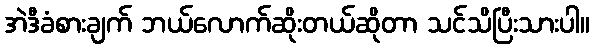
အဲဒီခံစားချက် ဘယ်လောက်ဆိုးတယ်ဆိုတာ သင်သိပြီးသားပါ။